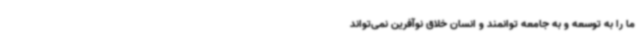
ما را به توسعه و به جامعه توانمند و انسان خلاق نوآفرین نمی‌تواند